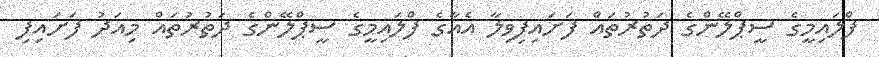
ފްލައިމީގެ ސީޕްލޭންގެ ދަތުރުތައް ފަށައިފިވިލާ އެއާގެ ފްލައިމީގެ ސީޕްލޭންގެ ދަތުރުތައް މިއަދު ފަށައިފި